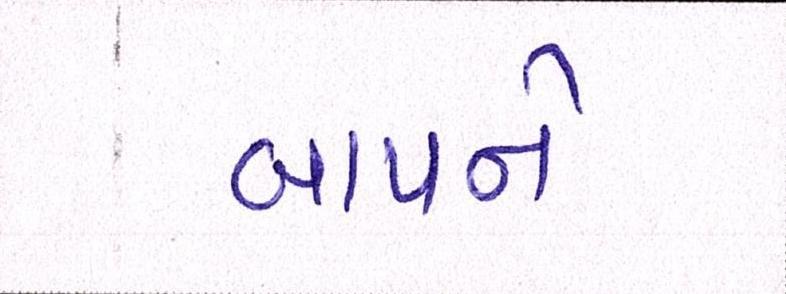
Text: બાપને